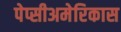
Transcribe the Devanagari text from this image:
पेप्सीअमेरिकास